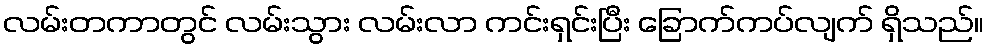
လမ်းတကာတွင် လမ်းသွား လမ်းလာ ကင်းရှင်းပြီး ခြောက်ကပ်လျက် ရှိသည်။